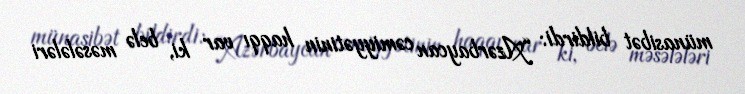
münasibət bildirdi: “Azərbaycan cəmiyyətinin haqqı var ki, belə məsələləri